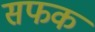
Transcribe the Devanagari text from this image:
सफक